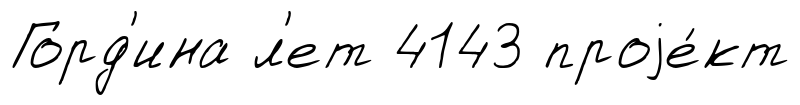
Горд'ина л'ет 4143 проjе́кт